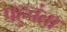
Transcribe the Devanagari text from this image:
पहुचंता